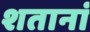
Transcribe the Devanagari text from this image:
शतानां